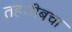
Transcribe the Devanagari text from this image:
तहजीबचा